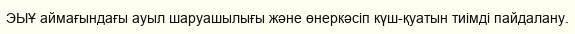
ЭЫҰ аймағындағы ауыл шаруашылығы және өнеркәсіп күш-қуатын тиімді пайдалану.